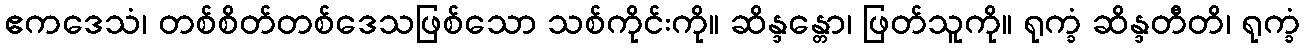
ဧကဒေသံ၊ တစ်စိတ်တစ်ဒေသဖြစ်သော သစ်ကိုင်းကို။ ဆိန္ဒန္တော၊ ဖြတ်သူကို။ ရုက္ခံ ဆိန္ဒတီတိ၊ ရုက္ခံ